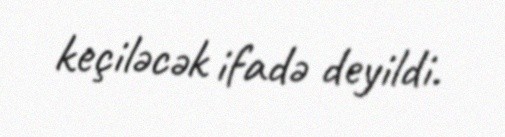
keçiləcək ifadə deyildi.